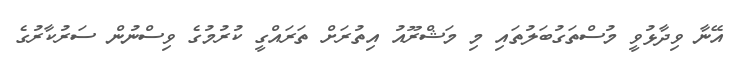
އޭނާ ވިދާޅުވީ މުސްތަގުބަލުތައި މި މަޝްރޫއު އިތުރަށް ތަރައްގީ ކުރުމުގެ ވިސްނުން ސަރުކާރުގެ